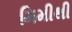
મિમીથી